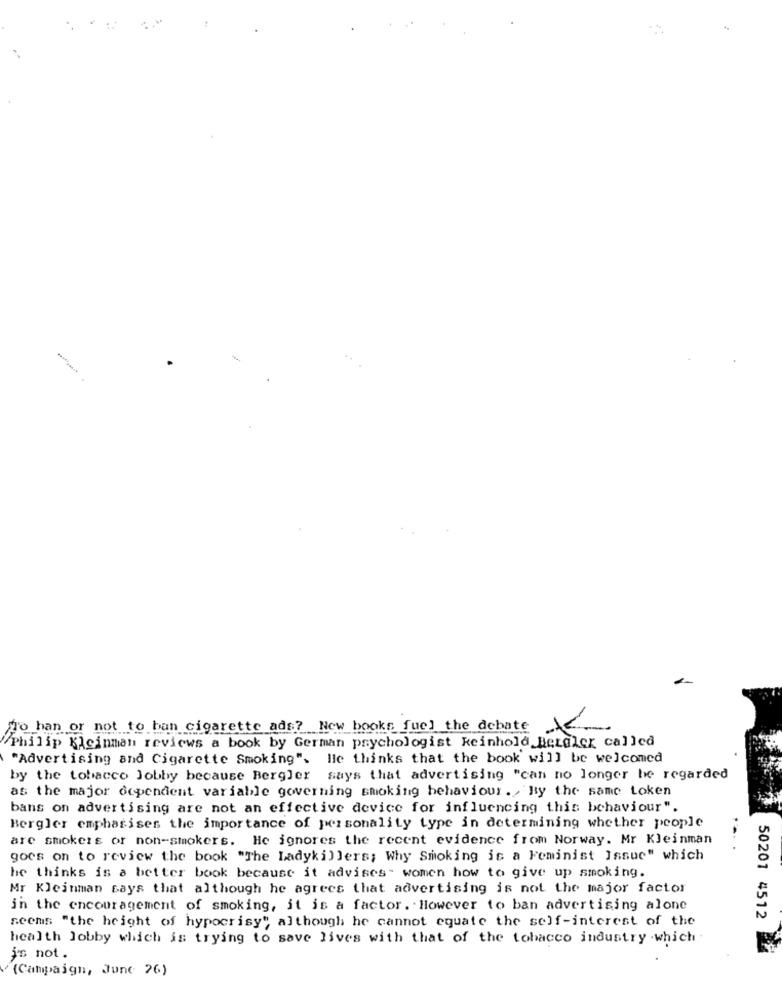
Do han or not to ban cigarette ads? New books fuel the debate
Philip Kleinman reviews a book by German psychologist keinhold_Betaler called
"Advertising and Cigarette Smoking". He thinks that the book will be welcomed
by the tobacco Jobby because Bergler says that advertising "can no longer be regarded
as the major dependent variable governing smoking behaviour. , By the same token
bans on advertising are not an effective device for influencing this behaviour".
Bergler emphasises the importance of personality type in determining whether people
are smokers or non-smokers. He ignores the recent evidence from Norway. Mr Kleinman
goes on to review the book "The Ladykillers; Why Smoking is a Feminist Issue" which
he thinks is a better book because it advises- women how to give up smoking.
Mr Kleinman says that although he agrees that advertising is not the major factor
in the encouragement of smoking, it is a factor. However to ban advertising alone
seems "the height of hypocrisy", although he cannot equate the self-interest of the
50201 4512
health lobby which is trying to save lives with that of the tobacco industry which
i's not.
(Campaign, June 26)